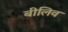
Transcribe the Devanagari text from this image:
बीलिव